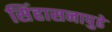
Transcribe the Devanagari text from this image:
सिंहासनापुढे